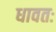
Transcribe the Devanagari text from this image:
धावतः